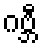
ဂဗ္ဘီ